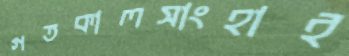
গতকালসাংহাই